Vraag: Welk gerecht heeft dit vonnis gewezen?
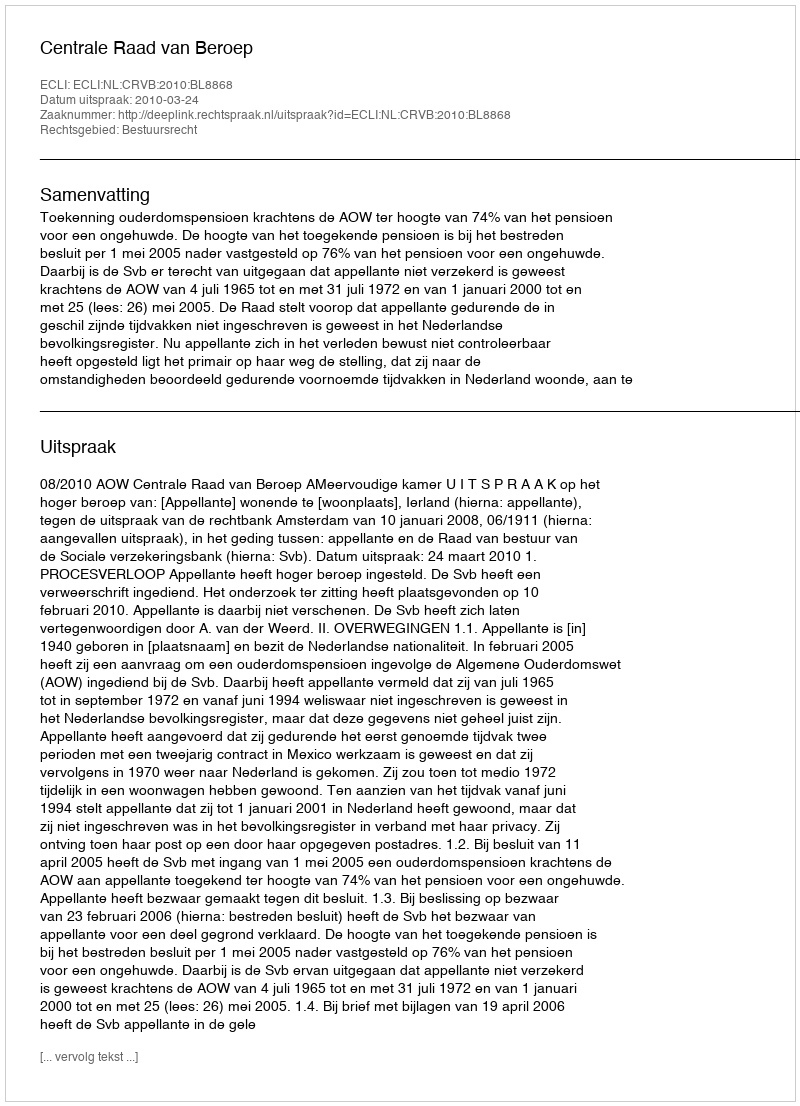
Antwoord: Centrale Raad van Beroep